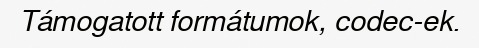
Támogatott formátumok, codec-ek.